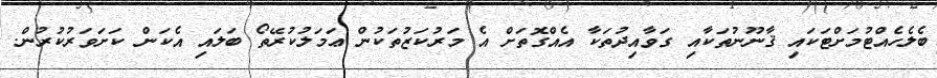
ބެލެހެއްޓުމަށްޓަކައި ޤާނޫނުތަކާއި ގަވާއިދުތަކާ އެއްގޮތަށް އެ މަރުކަޒުތަކުން ޢަމަލުކުރޭތޯ ބަލައި އެކަން ކަށަވަރުކުރުން.